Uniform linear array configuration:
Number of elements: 48
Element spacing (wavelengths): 0.75
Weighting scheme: hann
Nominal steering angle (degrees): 0
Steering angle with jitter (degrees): -1.651
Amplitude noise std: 0.05
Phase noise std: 0.05

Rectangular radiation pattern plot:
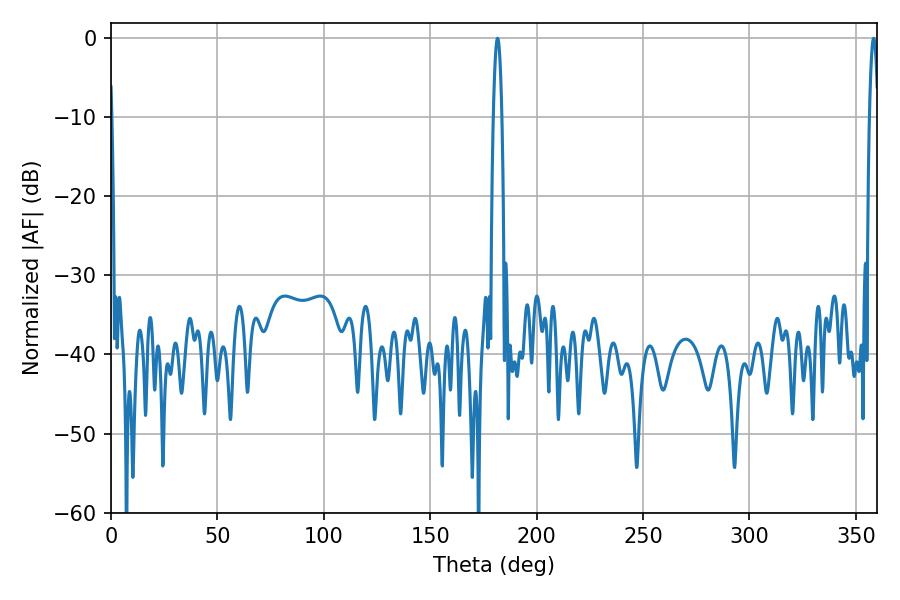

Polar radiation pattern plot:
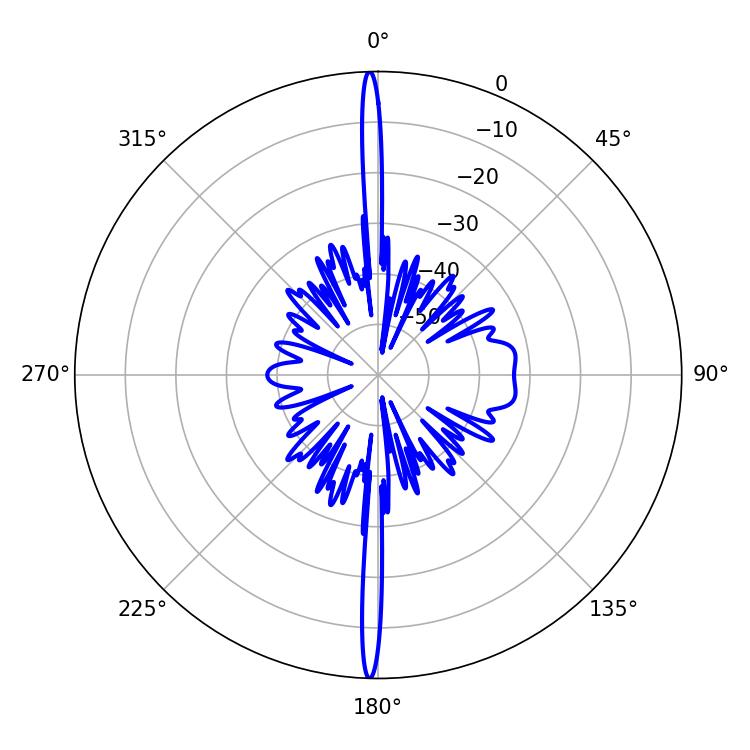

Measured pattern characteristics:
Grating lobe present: TRUE
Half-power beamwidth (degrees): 2.16
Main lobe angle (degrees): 358.38